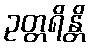
ဥတ္တရိန္တိ